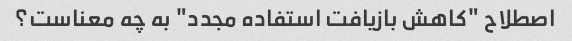
اصطلاح "کاهش بازیافت استفاده مجدد" به چه معناست؟